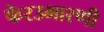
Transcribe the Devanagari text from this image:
फेरउभारणी